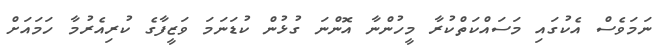
ނަމަވެސް އެކުގައި މަސައްކަތްކުރާ މީހުންނާ އޮންނަ ގުޅުން ކުޑަނަމަ ވަޒީފާގެ ކުރިއެރުމާ ހަމައަށް